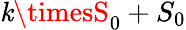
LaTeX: \mathit{k}\timesS_{0}+S_{0}